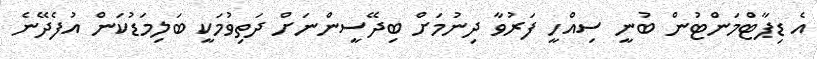
އެ ޑިޕާޓްމަންޓުން ބުނީ ސިއްހީ ފަރުވާ ދިނުމަށް ބިދޭސީންނަށް ދަތިވުމަކީ ބަލިމަޑުކަން އުފެދޭނެ